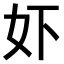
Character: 𫰈